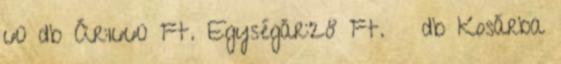
60 db Ár:1660 Ft. Egységár:28 Ft. db Kosárba